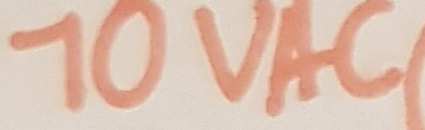
Text: 10VAC